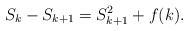
\begin{align*}S_k - S_{k + 1} = S_{k + 1}^2 + f(k).\end{align*}